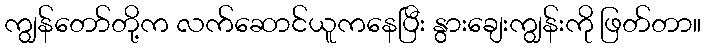
ကျွန်တော်တို့က လက်ဆောင်ယူကနေပြီး နွားချေးကျွန်းကို ဖြတ်တာ။